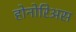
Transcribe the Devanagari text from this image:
होनोरिअस